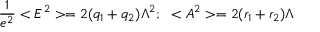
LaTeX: \frac { 1 } { e ^ { 2 } } < E ^ { 2 } > = 2 ( q _ { 1 } + q _ { 2 } ) \Lambda ^ { 2 } ; \ \ < A ^ { 2 } > = 2 ( r _ { 1 } + r _ { 2 } ) \Lambda